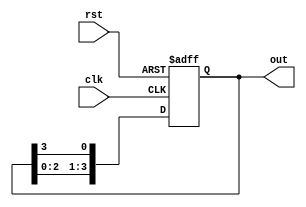
module ring_counter (
    input wire clk,
    input wire rst,
    output reg [3:0] out
);

reg [3:0] state;

always @(posedge clk or posedge rst) begin
    if (rst) begin
        state <= 4'b0000;
    end else begin
        state <= {state[2:0], state[3]};
    end
end

assign out = state;

endmodule